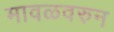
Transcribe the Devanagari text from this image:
मावळवरुन